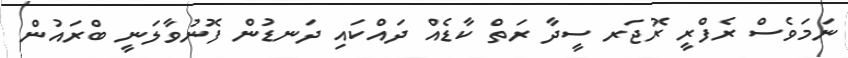
ނަމަވެސް ރެފްރީ ރޮޖަރ ސީދާ ރަތް ކާޑެއް ދައްކައި ދަނޑުން ފޮނުވާލަނީ ބްރައުން